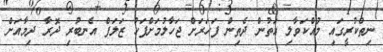
ނިތްކުރީގައި މުއްކަވާލި އަތުން ދެތިން ފަހަރަށް ޖަހާލުމަށްފަހު ޒަލަފް އެނބުރި ދޮރާ ދިމާއަށް